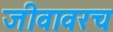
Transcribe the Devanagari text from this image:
जीवावरच